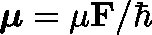
\boldsymbol { \mathbf { \mu } } = \mu \boldsymbol { \mathbf { F } } / \hbar